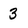
Character: 3